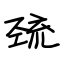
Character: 巯